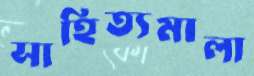
সাহিত্যমালা